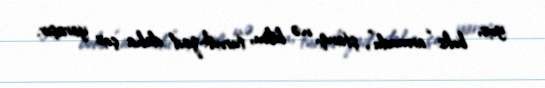
yox, boks “armudu”, ştanq, nə bilim, turnik-zad daha çox yaraşır.